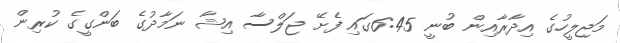
މަޖިލީހުގެ އިދާރާއިން ބުނީ 6:45ގައި ފެށޭ ޖަލްސާ އިޝާ ނަމާދުގެ ބަންގީގެ ކުރިން